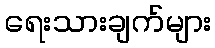
ရေးသားချက်များ